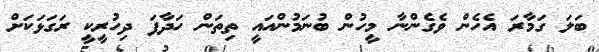
ބަލަ ގަމާރަ އެހެން ވެގެންނާ މީހުން ބުނަމުންއައީ ތިތަން ހަދާފަ ދިހުރީކީ ރަގަޅަކަށް